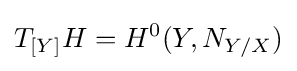
T_{[Y]}H=H^{0}(Y,N_{Y/X})